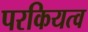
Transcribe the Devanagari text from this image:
परकियत्व